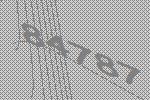
84787